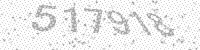
Solution: 517918